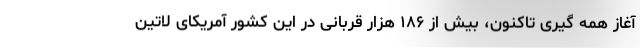
آغاز همه گیری تاکنون، بیش از ۱۸۶ هزار قربانی در این کشور آمریکای لاتین